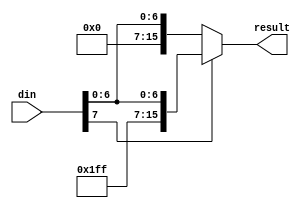
module signExtend(result,din);
output [15:0]result;
input [7:0]din;
assign result=(din[7]&1'd1)?{8'hff,din}:{8'h00,din};
endmodule